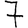
Digit: 7